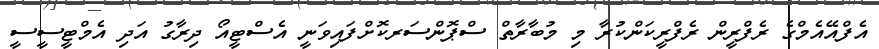
އެފްއޭއެމްގެ ރެފްރީން ރެފްރީކަންކުރާ މި މުބާރާތް ސްޕޮންސަރކޮށްފައިވަނީ އެސްޓީއޯ ދިރާގު އަދި އެމްޓީސީސީ